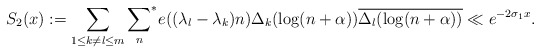
\begin{align*}S_2(x) & := \sum_{1\leq k\ne l\leq m}{\sum_n}^* e((\lambda_l-\lambda_k)n)\Delta_k(\log(n+\alpha))\overline{\Delta_l(\log(n+\alpha))} \ll e^{-2\sigma_1 x}.\end{align*}